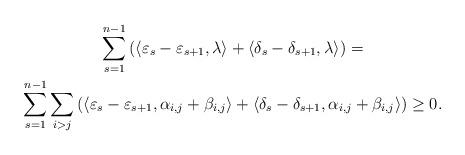
LaTeX: \begin{gather*}\sum_{s=1}^{n-1} \left(\langle \varepsilon_s - \varepsilon_{s+1}, \lambda \rangle +\langle \delta_s - \delta_{s+1}, \lambda \rangle\right) = \\\sum_{s=1}^{n-1} \sum_{i > j} \left(\langle \varepsilon_s - \varepsilon_{s+1},\alpha_{i,j} + \beta_{i,j} \rangle+ \langle \delta_s - \delta_{s+1},\alpha_{i,j} + \beta_{i,j} \rangle\right) \geq 0.\end{gather*}